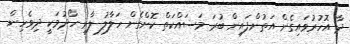
ދާ އޮހުރުވައިގެން އަތުންފައިން ބުރަ މަސައްކަތް ކޮށްގެން ހަލާލު ލާރި ހޯދުމަކީ ދިވެހިން